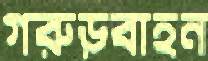
গরুড়বাহন